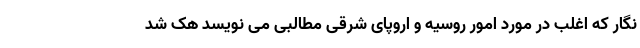
نگار که اغلب در مورد امور روسیه و اروپای شرقی مطالبی می نویسد هک شد